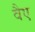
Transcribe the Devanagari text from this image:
वैए